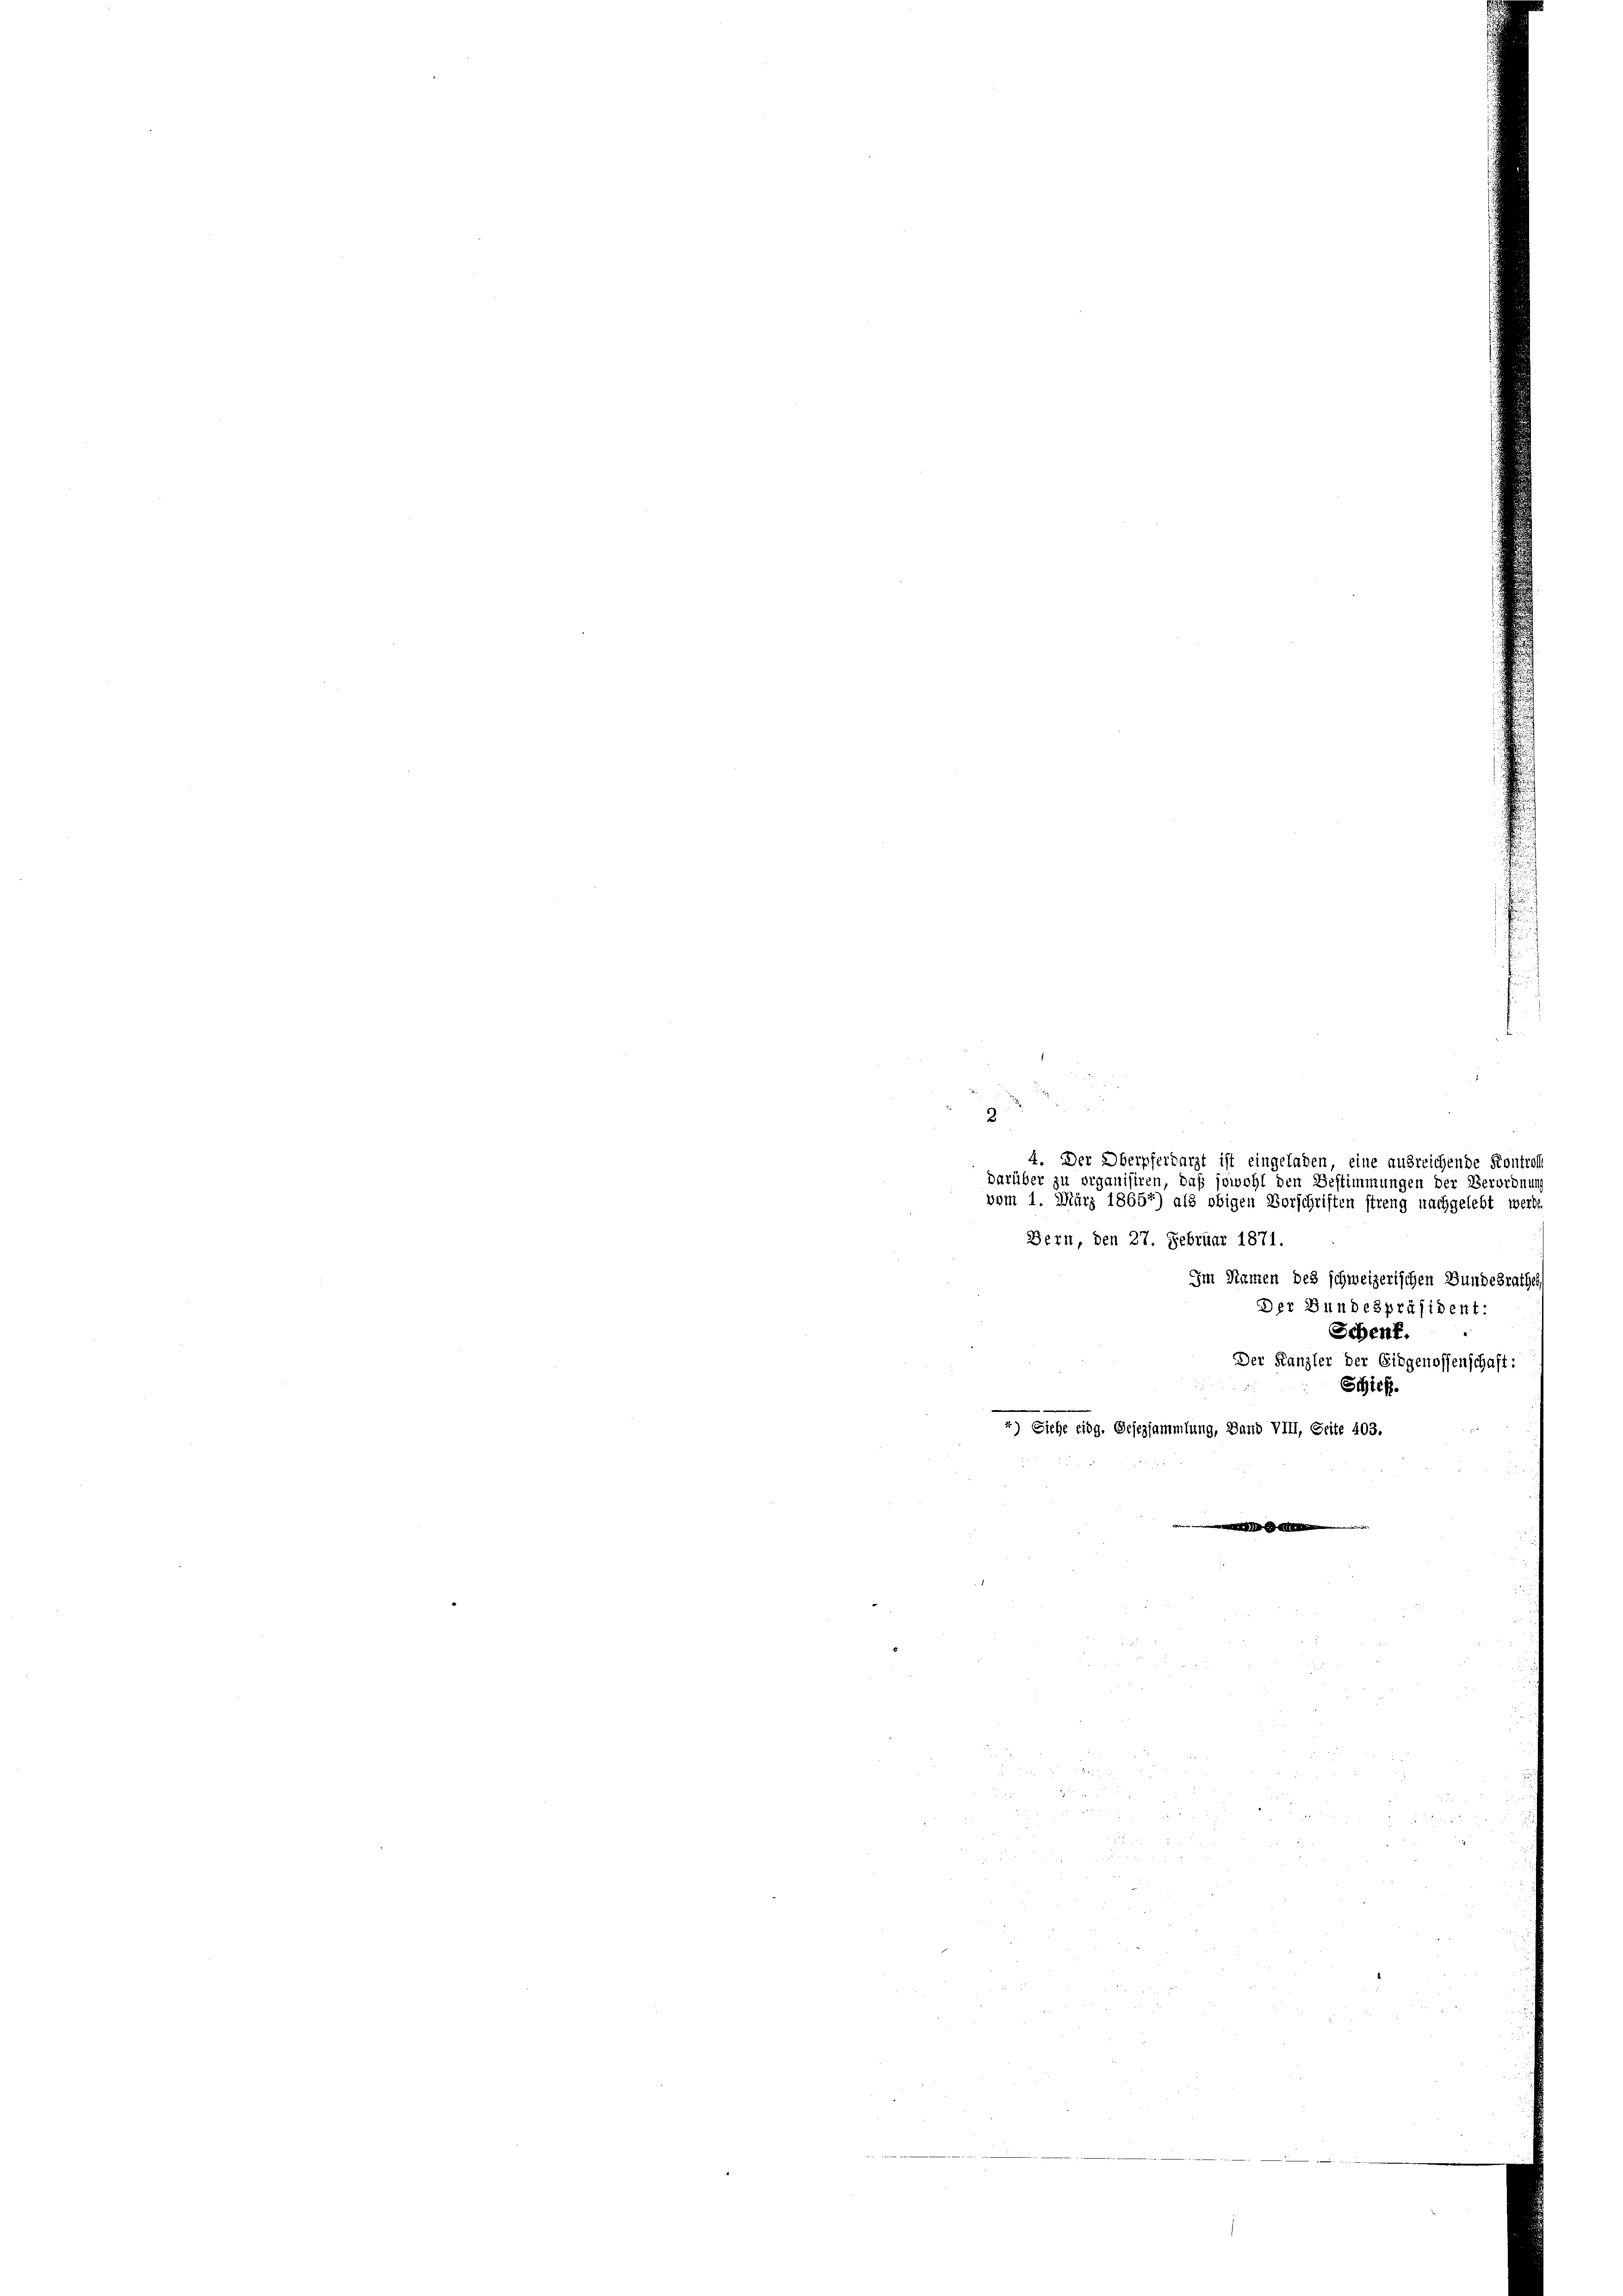
.

Im Namen des schweizerischen Bundesrathes
Der Bundespräsident:
Schenk.
Der Kanzler der Eidgenossenschaft:
Schick.
4) Siehe eidg. Gesezsammlung, Band VIII, Seite 403.
 x x

2
4. Der Oberpferdarzt ist eingeladen, eine ausreichende Kontroll
darüber zu organisiren, daß sowohl den Bestimmungen der Verordnung
vom 1. März 18652) als obigen Vorschriften streng nachgelebt werde
Bern, den 27. Februar 1871.